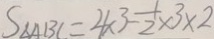
S _ { \Delta A B C } = 4 \times 3 - \frac { 1 } { 2 } \times 3 \times 2